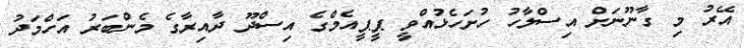
އޭރު މި ގާނޫނަށް އިސްލާހު ހުށަހެޅުއްވީ ޕީޕީއެމްގެ އިސްދޫ ދާއިރާގެ މެންބަރު އަހްމަދު